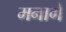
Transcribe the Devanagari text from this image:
मनागे